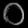
Digit: ၀